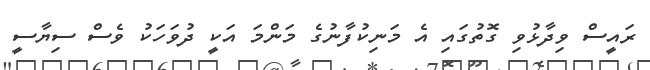
ރައީސް ވިދާޅުވި ގޮތުގައި އެ މަނިކުފާނުގެ މަންމަ އަކީ ދުވަހަކު ވެސް ސިޔާސީ